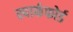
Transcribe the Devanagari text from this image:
स्पार्कफोर्ड